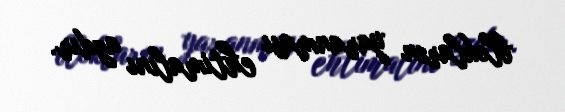
blokların yaranması ehtimalını azdır.